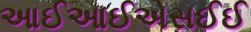
આઈઆઈએસઈઈ